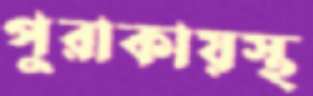
পুরাকায়স্থ